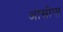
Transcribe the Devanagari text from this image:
आसोपा